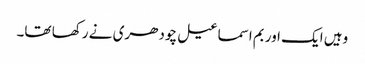
وہیں ایک اور بم اسماعیل چودھری نے رکھا تھا۔